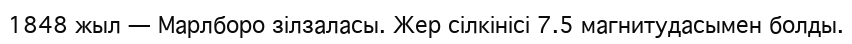
1848 жыл — Марлборо зілзаласы. Жер сілкінісі 7.5 магнитудасымен болды.